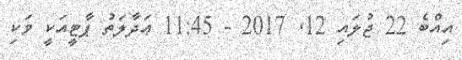
އިއްބެ 22 ޖުލައި 12